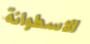
الاسطوانة